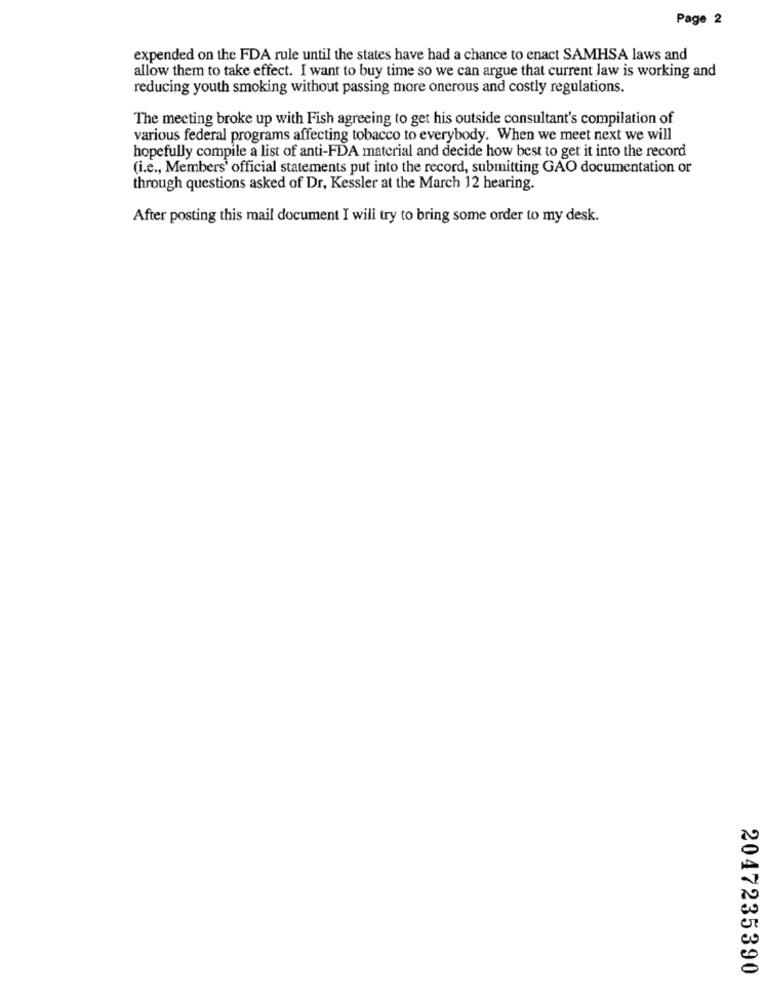
Page 2
expended on the FDA rule until the states have had a chance to enact SAMHSA laws and
allow them to take effect. I want to buy time so we can argue that current law is working and
reducing youth smoking without passing more onerous and costly regulations.
The meeting broke up with Fish agreeing to get his outside consultant's compilation of
various federal programs affecting tobacco to everybody. When we meet next we will
hopefully compile a list of anti-FDA material and decide how best to get it into the record
(i.e ., Members' official statements put into the record, submitting GAO documentation or
through questions asked of Dr, Kessler at the March 12 hearing.
After posting this mail document I will try to bring some order to my desk.
2047235390